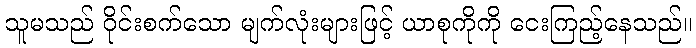
သူမသည် ဝိုင်းစက်သော မျက်လုံးများဖြင့် ယာစုကိုကို ငေးကြည့်နေသည်။